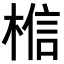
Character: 𪲼